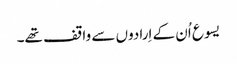
‏ یسوع اُن کے اِرادوں سے واقف تھے۔